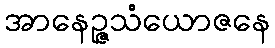
အာနေဉ္ဇသံယောဇနေ